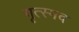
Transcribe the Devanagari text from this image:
गृत्स्मद